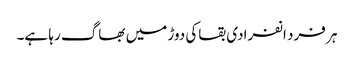
ہر فرد انفرادی بقاکی دوڑ میں بھاگ رہا ہے۔